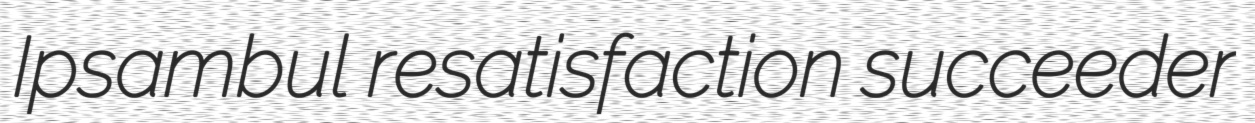
Ipsambul resatisfaction succeeder